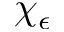
\chi _ { \epsilon }